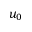
u _ { 0 }